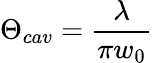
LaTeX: \Theta_{cav}=\frac{\lambda}{\pi w_{0}}